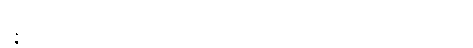
ဝိဇ္ဇမာနော၊ ရှိသည်ဖြစ်၍။ ဝိတေဝလာဟကေ၊ ကင်းသောတိမ်တိုက်ရှိသော။ အာကာလေ၊